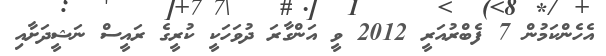
އެހެންކަމުން 7 ފެބްރުއަރީ 2012 ވީ އަންގާރަ ދުވަހަކީ ކުރީގެ ރައީސް ނަޝީދަށާއި